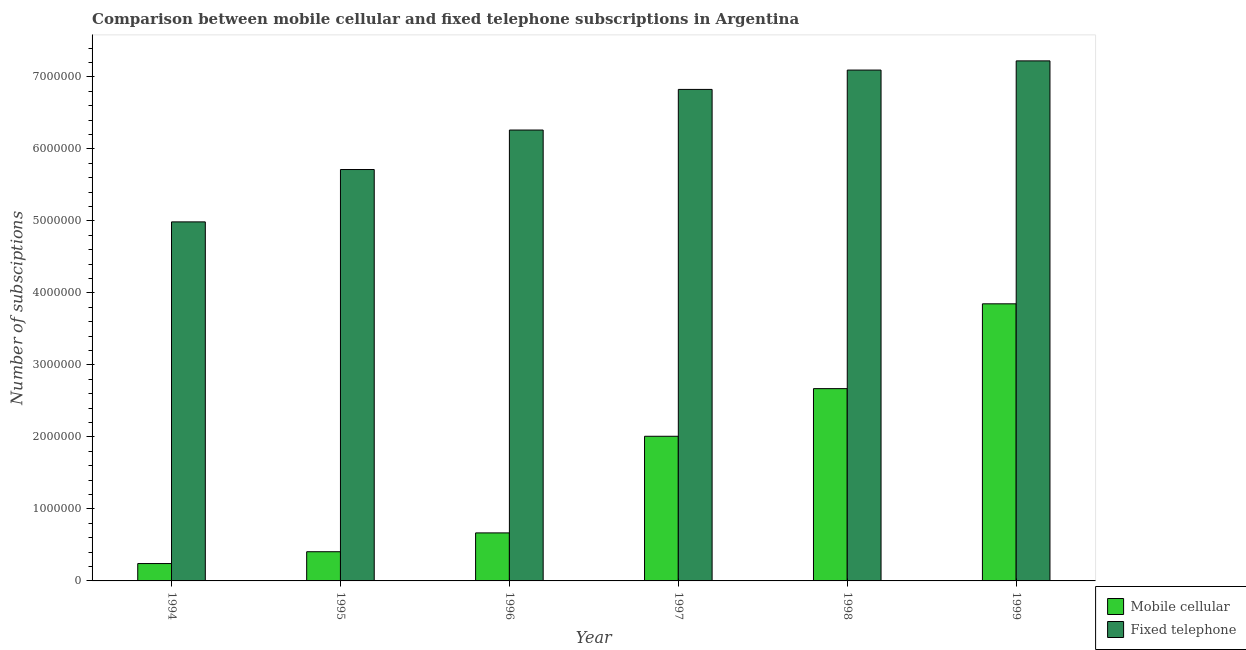
| Year | Mobile cellular | Fixed telephone |
 | --- | --- | --- |
 | 1994 | 2.41e+05 | 4.99e+06 |
 | 1995 | 4.05e+05 | 5.71e+06 |
 | 1996 | 6.67e+05 | 6.26e+06 |
 | 1997 | 2.01e+06 | 6.83e+06 |
 | 1998 | 2.67e+06 | 7.1e+06 |
 | 1999 | 3.85e+06 | 7.22e+06 |